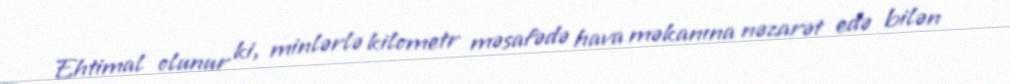
Ehtimal olunur ki, minlərlə kilometr məsafədə hava məkanına nəzarət edə bilən